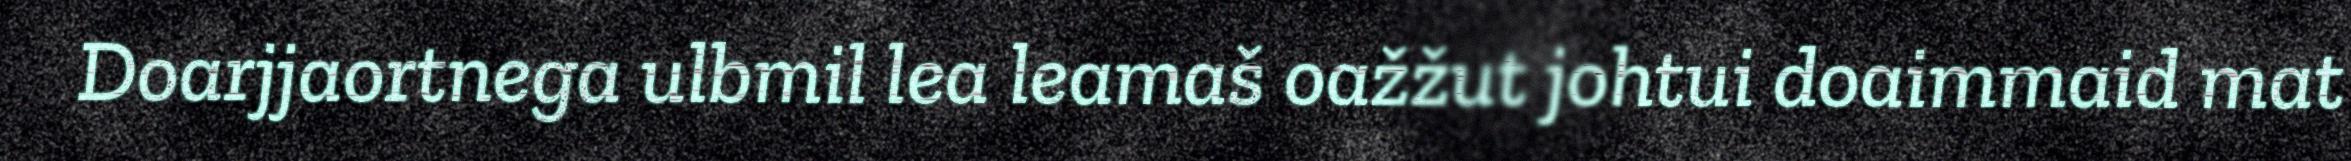
Doarjjaortnega ulbmil lea leamaš oažžut johtui doaimmaid mat